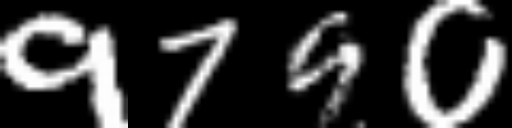
Text: 9790